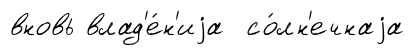
вновь влад'е́н'иjа со́лн'ечнаjа